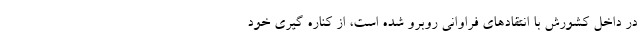
در داخل کشورش با انتقادهای فراوانی روبرو شده است، از کناره گیری خود